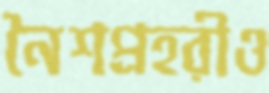
নৈশপ্রহরীও